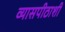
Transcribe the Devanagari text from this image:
व्यासपीठाशी